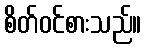
စိတ်ဝင်စားသည်။